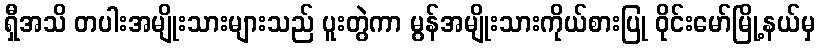
ရှီအသိ တပါးအမျိုးသားများသည် ပူးတွဲကာ မွန်အမျိုးသားကိုယ်စားပြု ဝိုင်းမော်မြို့နယ်မှ